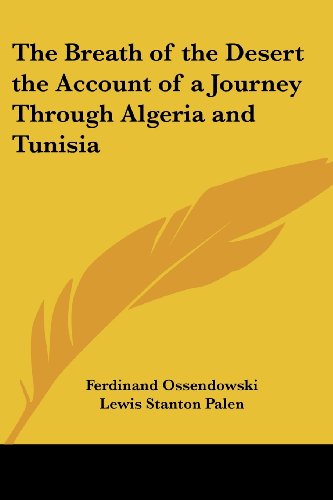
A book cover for The Breath of the Desert the Account of a Journey Through Algeria and Tunisia; Ferdinand Ossendowski; Travel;